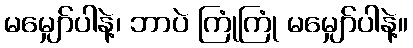
မမျှော်ပါနဲ့၊ ဘာပဲ ကြုံကြုံ မမျှော်ပါနဲ့။